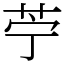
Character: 苧